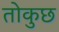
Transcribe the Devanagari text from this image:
तोकुछ